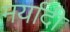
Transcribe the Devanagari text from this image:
मर्यादी